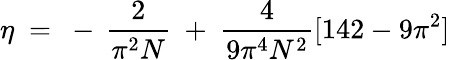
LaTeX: \eta~=~-\, \frac{2}{\pi^{2}N}~+~\frac{4}{9\pi^{4}N^{2}}[142-9\pi^{2}]